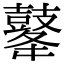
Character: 𪔔